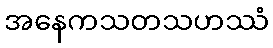
အနေကသတသဟဿံ